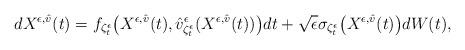
LaTeX: \begin{align*} dX^{\epsilon,\hat{v}}(t) = f_{\zeta_t^{\epsilon}} \bigl(X^{\epsilon, \hat{v}}(t), \hat{v}_{{\zeta_t^{\epsilon}}}^{\epsilon}(X^{\epsilon, \hat{v}}(t))\bigr) dt + \sqrt{\epsilon} \sigma_{{\zeta_t^{\epsilon}}}\bigl(X^{\epsilon,\hat{v}}(t)\bigr) d W(t), \end{align*}